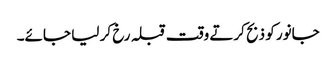
جانور کو ذبح کرتے وقت قبلہ رخ کر لیا جائے۔